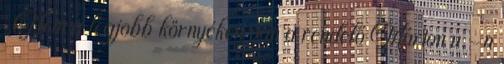
„Nem a legjobb környéken van a rendelő Márton u.-n